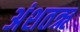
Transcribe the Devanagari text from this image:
अंशतऋ